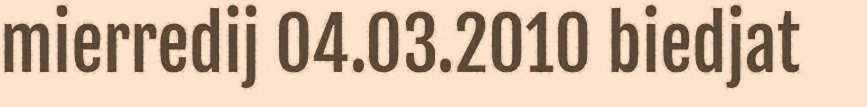
mierredij 04.03.2010 biedjat